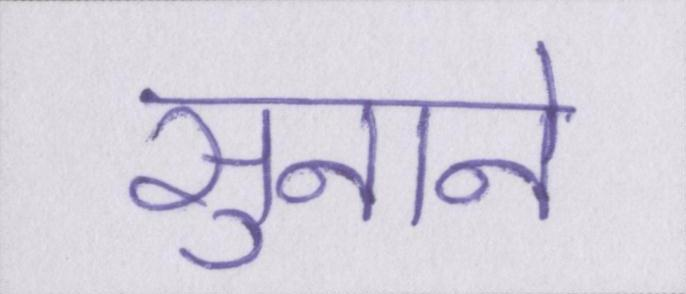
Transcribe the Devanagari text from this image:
सुनाने